Indian journal of veterinary science and animal husbandry - Volume 12,
Year: 1942
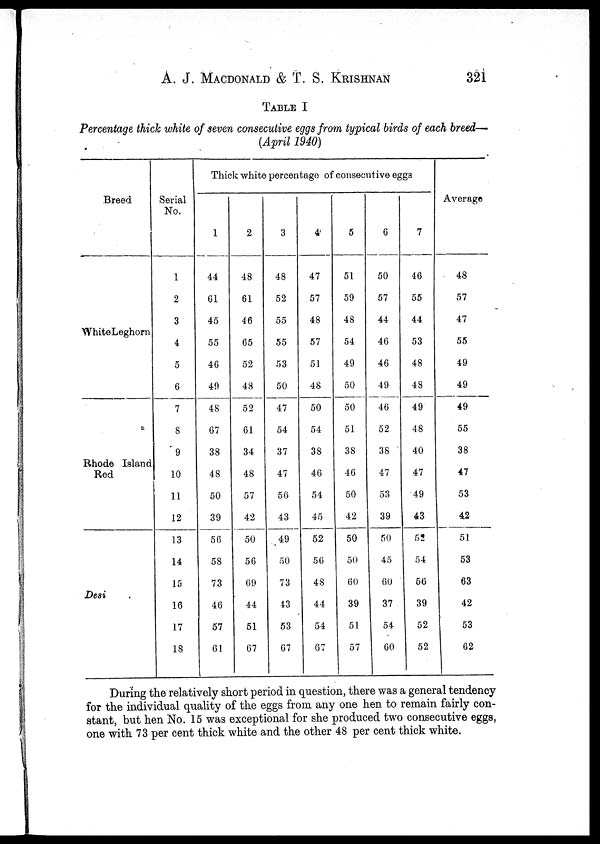
A. J. MACDONALD & T. S. KRISHNAN 321
TABLE I
Percentage thick white of seven consecutive eggs from typical birds of each breed—
(April 1940)
Breed
WhiteLeghorn
Rhode Island
Red
Desi
Serial
No.
1
2
3
4
5
6
7
8
9
10
11
12
13
14
15
16
17
18
Thick white percentage of consecutive eggs
1
44
61
45
55
46
49
48
67
38
48
50
39
56
58
73
46
57
61
2
48
61
46
65
52
48
52
61
34
48
57
42
50
56
69
44
51
67
3
48
52
55
55
53
50
47
54
37
47
56
43
49
50
73
43
53
67
4
47
57
48
57
51
48
50
54
38
46
54
45
52
56
48
44
54
67
5
51
59
48
54
49
50
50
51
38
46
50
42
50
50
60
39
51
57
6
50
57
44
46
46
49
46
52
38
47
53
39
50
45
60
37
54
60
7
46
55
44
53
48
48
49
48
40
47
49
43
52
54
56
39
52
52
Average
48
57
47
55
49
49
49
55
38
47
53
42
51
53
63
42
53
62
During the relatively short period in question, there was a general tendency
for the individual quality of the eggs from any one hen to remain fairly con-
stant, but hen No. 15 was exceptional for she produced two consecutive eggs,
one with 73 per cent thick white and the other 48 per cent thick white.